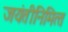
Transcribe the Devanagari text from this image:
जयंतीनिमित्‍त